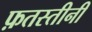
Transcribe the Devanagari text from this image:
फ़तस्तीनी